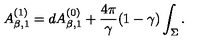
A _ { \beta , 1 } ^ { ( 1 ) } = d A _ { \beta , 1 } ^ { ( 0 ) } + { \frac { 4 \pi } { \gamma } } ( 1 - \gamma ) \int _ { \Sigma } .